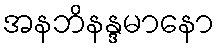
အနဘိနန္ဒမာနော